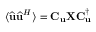
\langle \widehat { \mathbf { u } } \widehat { \mathbf { u } } ^ { H } \rangle = \mathbf { C } _ { \mathbf { u } } \mathbf { X } \mathbf { C } _ { \mathbf { u } } ^ { \dagger }